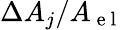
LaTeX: \Delta A_{j}/A_{\mathrm{~e~l~}}